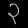
Digit: ၃